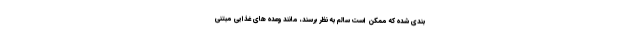
بندی شده که ممکن است سالم به نظر برسند، مانند وعده های غذایی مبتنی